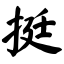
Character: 挺